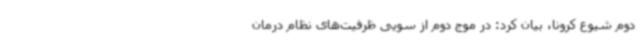
دوم شیوع کرونا، بیان کرد: در موج دوم از سویی ظرفیت‌های نظام درمان